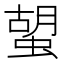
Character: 𧍵